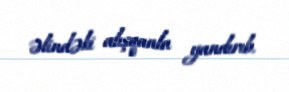
əlindəki alışqanla yandırıb.